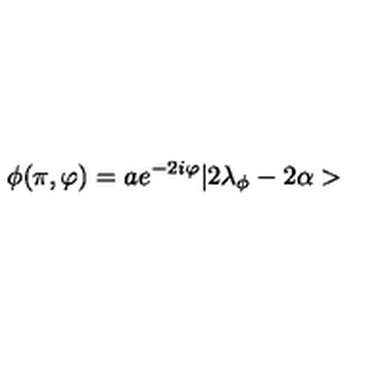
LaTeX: \phi ( \pi , \varphi ) = a e ^ { - 2 i \varphi } | 2 \lambda _ { \phi } - 2 \alpha >